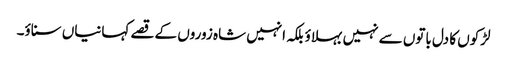
لڑکوں کا دل باتوں سے نہیں بہلاؤ بلکہ انہیں شاہ زوروں کے قصے کہانیاں سناؤ۔